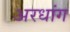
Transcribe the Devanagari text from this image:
अरधांग